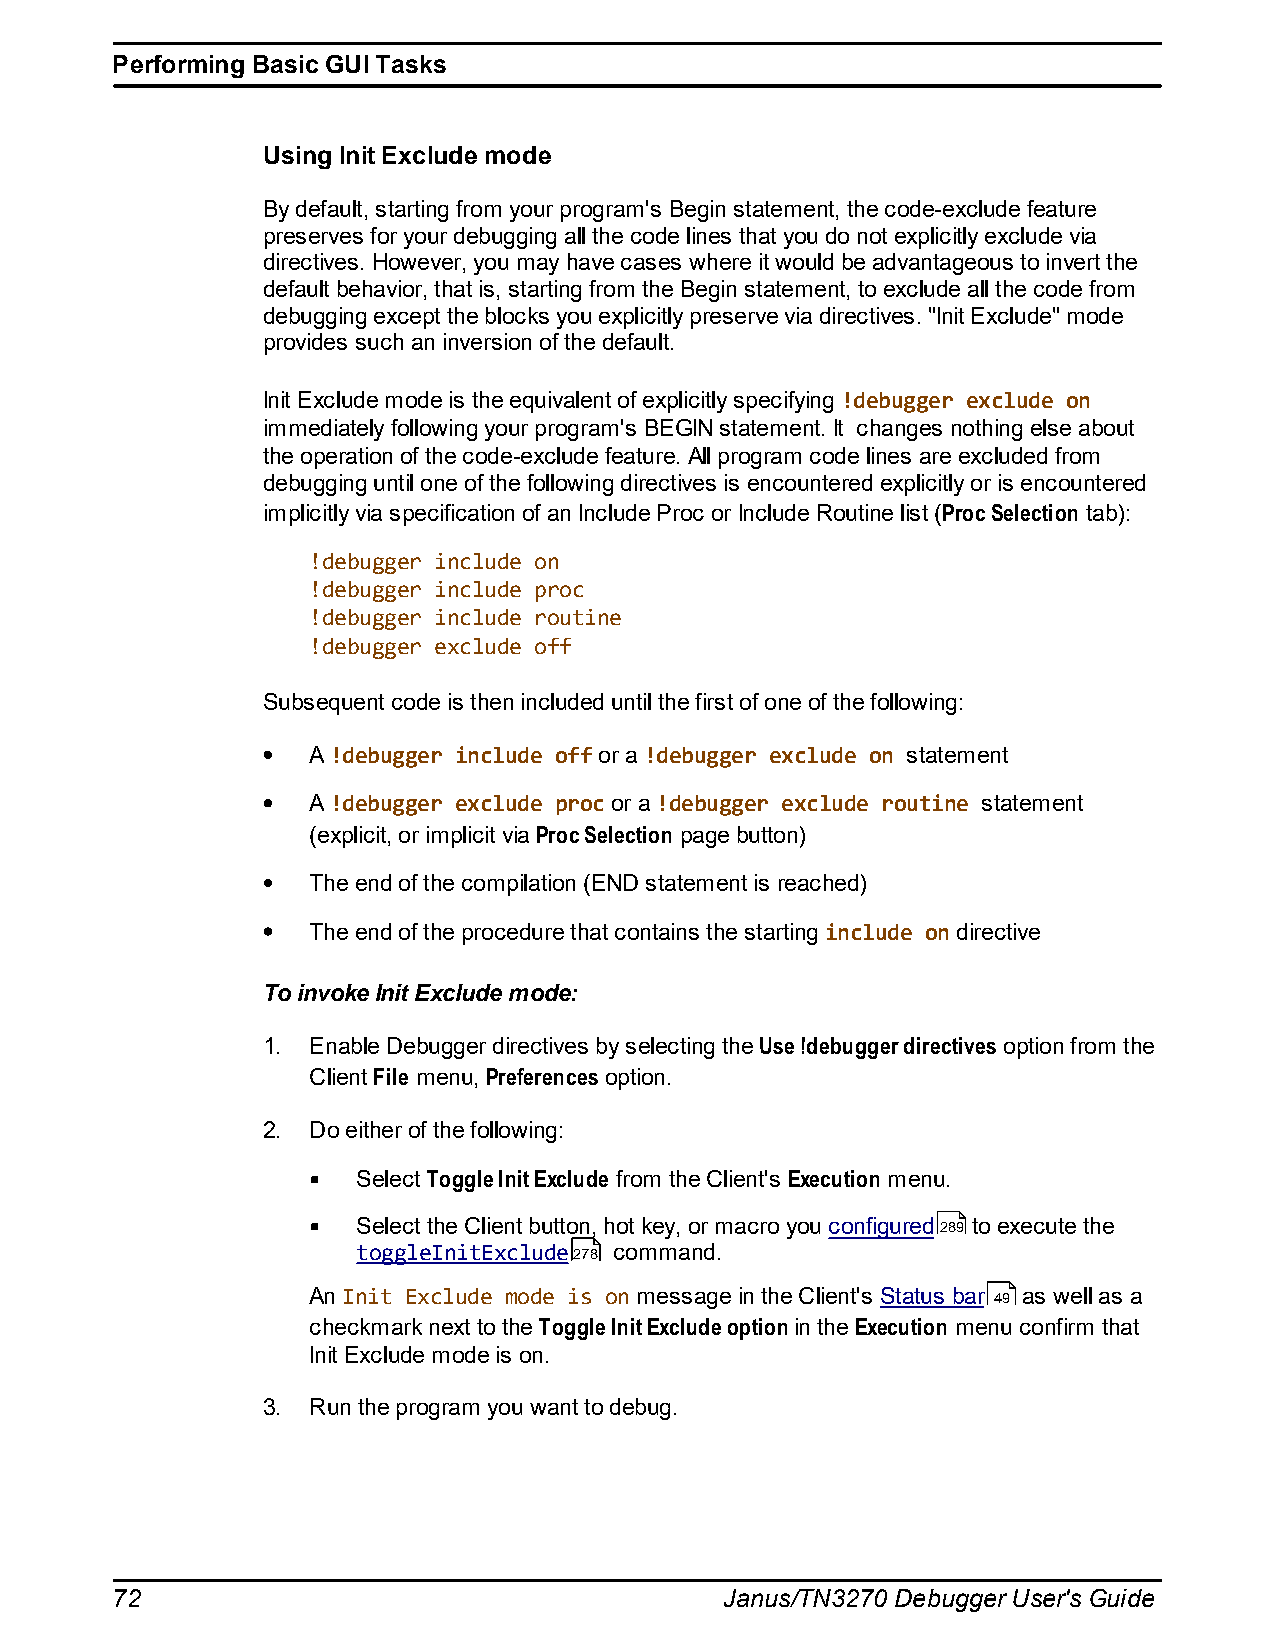
Performing Basic GUI Tasks
 Using Init Exclude mode
 By default, starting from your program's Begin statement, the code-exclude feature
 preserves for your debugging all the code lines that you do not explicitly exclude via
 directives. However, you may have cases where it would be advantageous to invert the
 default behavior, that is, starting from the Begin statement, to exclude all the code from
 debugging except the blocks you explicitly preserve via directives. "Init Exclude" mode
 provides such an inversion of the default.
 Init Exclude mode is the equivalent of explicitly specifying !debugger exclude on
 immediately following your program's BEGIN statement. It changes nothing else about
 the operation of the code-exclude feature. All program code lines are excluded from
 debugging until one of the following directives is encountered explicitly or is encountered
 implicitly via specification of an Include Proc or Include Routine list (Proc Selection tab):
 !debugger include on
 !debugger include proc
 !debugger include routine
 !debugger exclude off
 Subsequent code is then included until the first of one of the following:
 A !debugger include off or a !debugger exclude on statement
 A !debugger exclude proc or a !debugger exclude routine statement
 (explicit, or implicit via Proc Selection page button)
 The end of the compilation (END statement is reached)
 The end of the procedure that contains the starting include on directive
 To invoke Init Exclude mode:
 1. Enable Debugger directives by selecting the Use !debugger directives option from the
 Client File menu, Preferences option.
 2. Do either of the following:
 Select Toggle Init Exclude from the Client's Execution menu.
 Select the Client button, hot key, or macro you configured289 to execute the
 toggleInitExclude278 command.
 An Init Exclude mode is on message in the Client's Status bar 49 as well as a
 checkmark next to the Toggle Init Exclude option in the Execution menu confirm that
 Init Exclude mode is on.
 3. Run the program you want to debug.
 72                                       Janus/TN3270 Debugger User's Guide